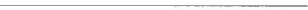
___